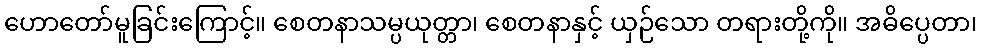
ဟောတော်မူခြင်းကြောင့်။ စေတနာသမ္ပယုတ္တာ၊ စေတနာနှင့် ယှဉ်သော တရားတို့ကို။ အဓိပ္ပေတာ၊